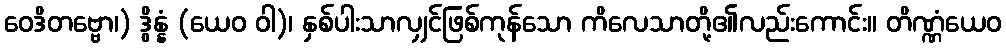
ဝေဒိတဗ္ဗော၊) ဒွိန္နံ (ယေဝ ဝါ)၊ နှစ်ပါးသာလျှင်ဖြစ်ကုန်သော ကိလေသာတို့၏လည်းကောင်း။ တိဏ္ဏံယေဝ